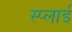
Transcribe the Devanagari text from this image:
स्प्लाई